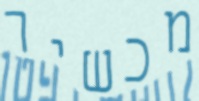
מכשיר